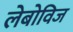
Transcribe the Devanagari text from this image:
लेबोविज